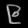
Digit: ၉